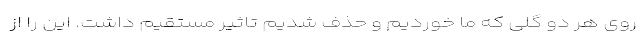
روی هر دو گلی که ما خوردیم و حذف شدیم تاثیر مستقیم داشت. این را از